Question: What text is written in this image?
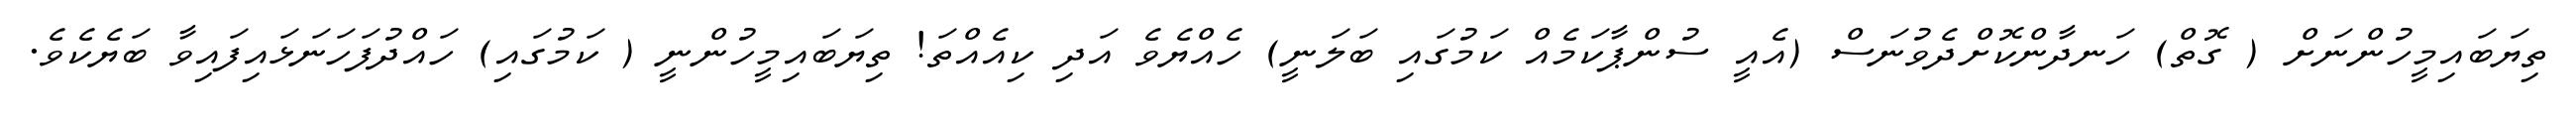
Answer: ތިޔަބައިމީހުންނަށް ( ގޮތް) ހަނދާންކޮށްދެވުނަސް (އެއީ ސުންޕާކަމެއް ކަމުގައި ބަލަނީ) ހެއްޔެވެ އަދި ކިއެއްތަ! ތިޔަބައިމީހުންނީ ( ކަމުގައި) ހައްދުފަހަނަޅައިފައިވާ ބަޔެކެވެ.